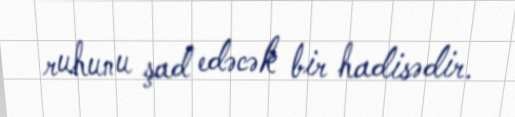
ruhunu şad edəcək bir hadisədir.